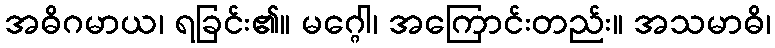
အဓိဂမာယ၊ ရခြင်း၏။ မဂ္ဂေါ၊ အကြောင်းတည်း။ အသမာဓိ၊